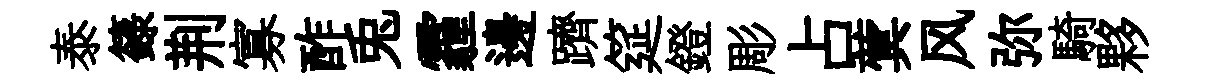
泰籙荆寡酢兎霾邊躋筵鐙彫占蓂风弥騎夥